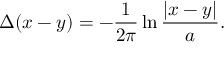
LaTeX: \Delta ( x - y ) = - \frac { 1 } { 2 \pi } \ln \frac { | x - y | } { a } .